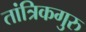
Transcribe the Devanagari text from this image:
तांत्रिकगुरु